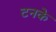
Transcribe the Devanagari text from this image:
टनके